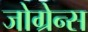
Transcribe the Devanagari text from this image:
जोग्रेन्स